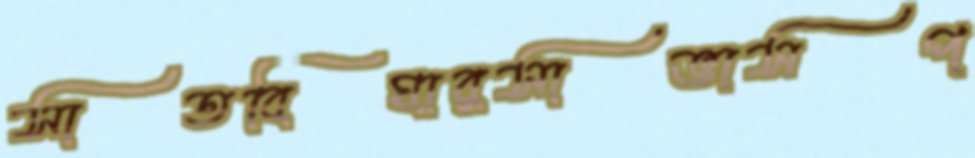
সাতবিঘারসাভাসপ্